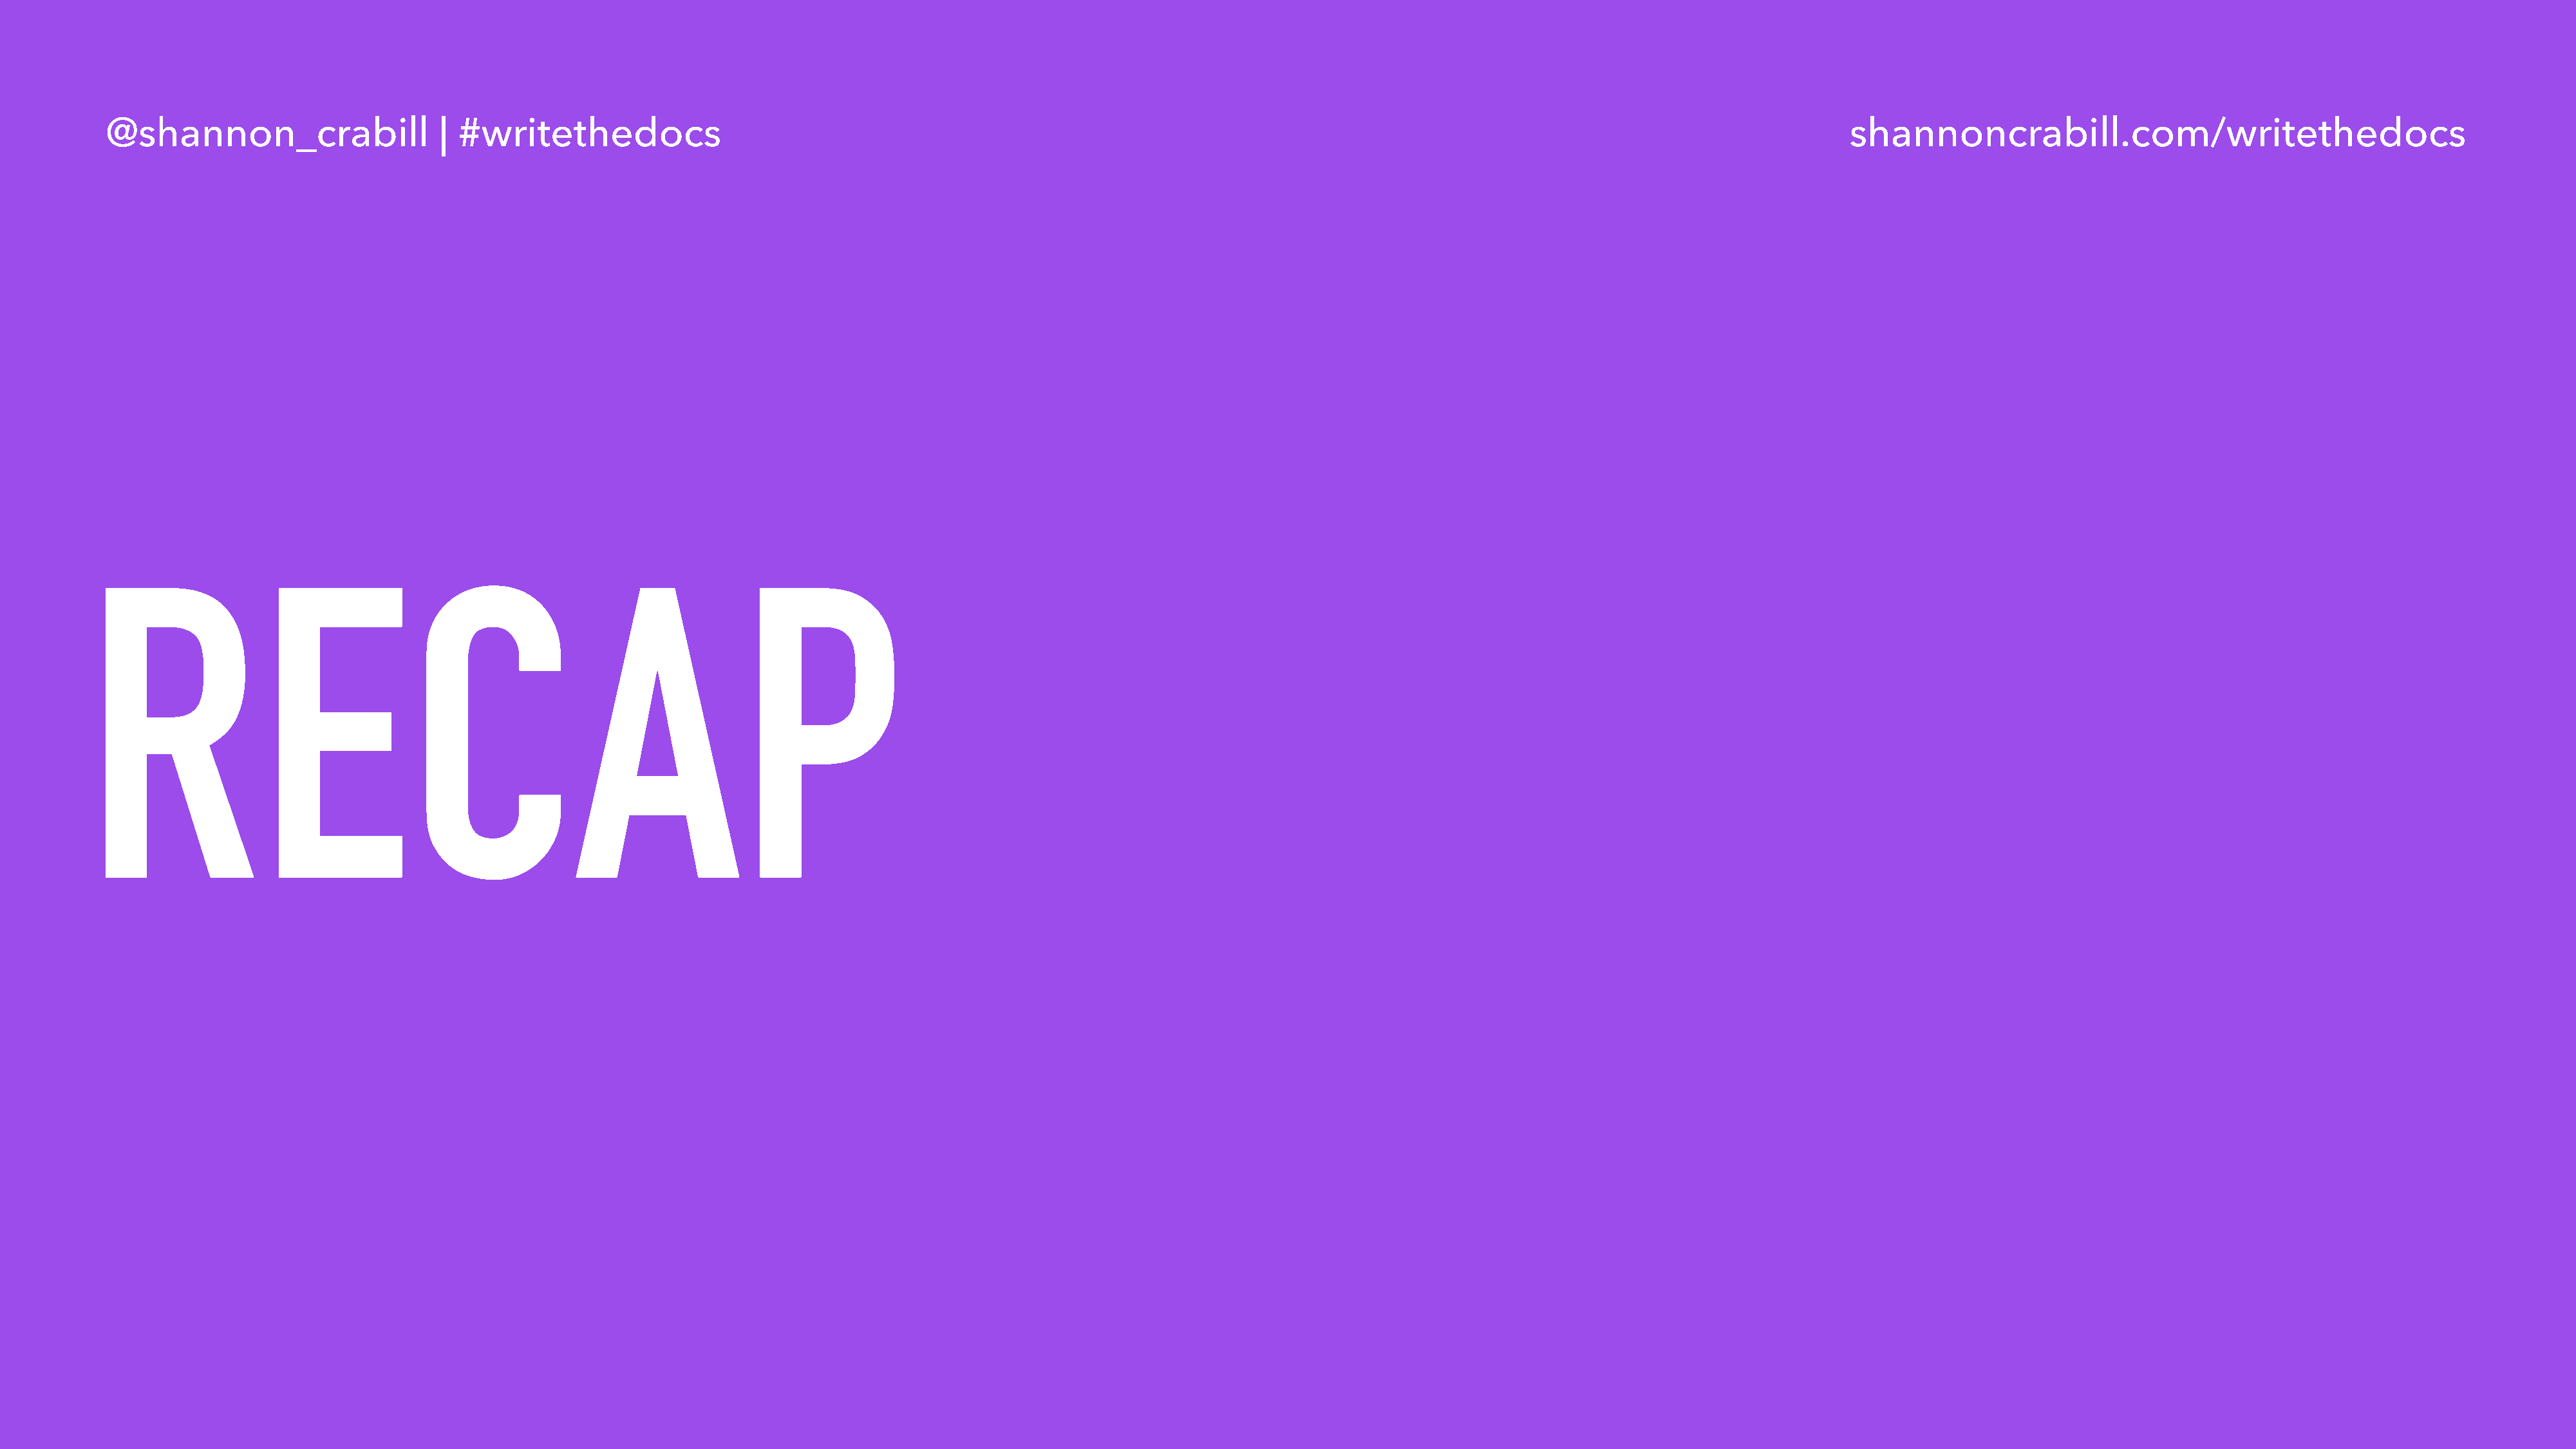
@shannon_crabill                  | #writethedocs                                                                                                                                  shannoncrabill.com/writethedocs
 RECAP